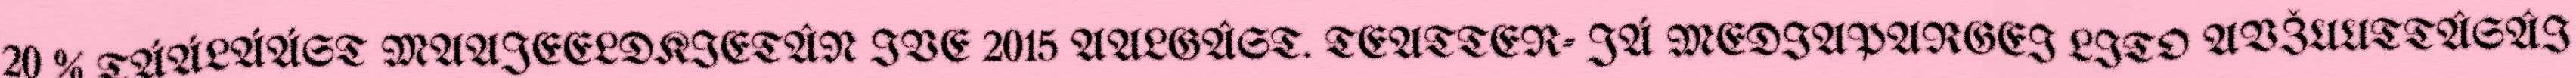
20 % TÁÁLÁÁST MAAJEELDKIETÂN IVE 2015 AALGÂST. TEATTER- JÁ MEDIAPARGEI LITO AVŽUUTTÂSÂI